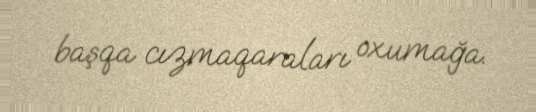
başqa cızmaqaraları oxumağa.